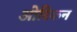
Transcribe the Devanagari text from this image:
ओरिकन